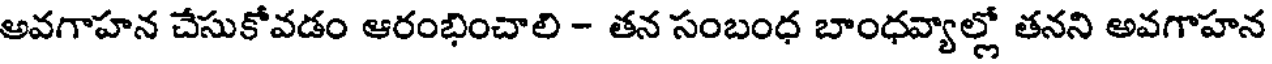
అవగాహన చేసుకోవడం ఆరంభించాలి - తన సంబంధ బాంధవ్యాల్లో తనని అవగాహన